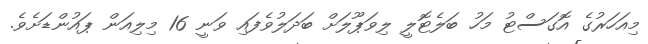
މިއަހަރުގެ އޮގަސްޓު މަހު ބަލެޓޮލީ ލިވަޕޫލަށް ބަދަލުވެފައި ވަނީ 16 މިލިއަން ޕައުންޑަށެވެ.